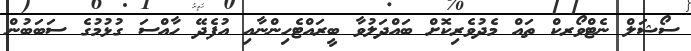
ސޯޝަލް ނެޓްވޯރކް ތައް މެދުވެރިކޮށް ބައްދަލުވާ ބީރައްޓެހިންނާއި އުފެދޭ ހާއްސަ ގުޅުމުގެ ސަބަބުން